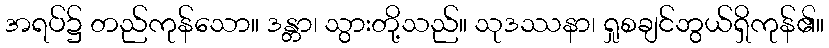
အရပ်၌ တည်ကုန်သော။ ဒန္တာ၊ သွားတို့သည်။ သုဒဿနာ၊ ရှုစချင်ဘွယ်ရှိကုန်၏။